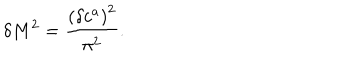
\delta M ^ { 2 } = \frac { \left( \delta c ^ { a } \right) ^ { 2 } } { \pi ^ { 2 } } .